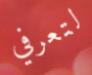
لتعرفي